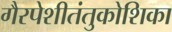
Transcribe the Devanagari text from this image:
गैरपेशीतंतुकोशिका